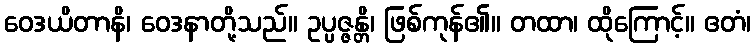
ဝေဒယိတာနိ၊ ဝေဒနာတို့သည်။ ဥပ္ပဇ္ဇန္တိ၊ ဖြစ်ကုန်၏။ တထာ၊ ထိုကြောင့်။ ဧတံ၊